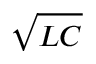
\sqrt { L C }